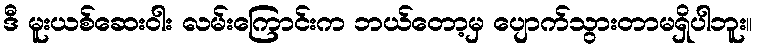
ဒီ မူးယစ်ဆေးဝါး လမ်းကြောင်းက ဘယ်တော့မှ ပျောက်သွားတာမရှိပါဘူး။